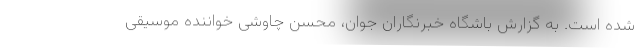
شده است. به گزارش باشگاه خبرنگاران جوان، محسن چاوشی خواننده موسیقی